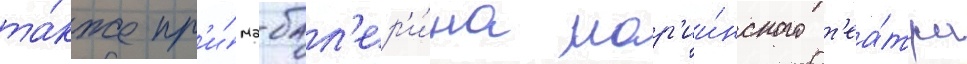
та́кже пр'и́ма-бал'ер'и́на мар'ии́нского т'еа́тра